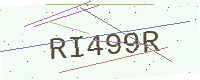
Text: RI499R